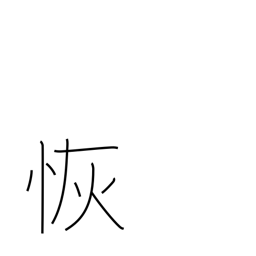
Meaning: wide